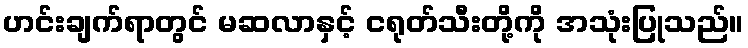
ဟင်းချက်ရာတွင် မဆလာနှင့် ငရုတ်သီးတို့ကို အသုံးပြုသည်။